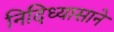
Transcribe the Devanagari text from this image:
निदिध्यासाने